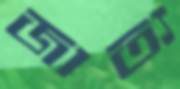
জাত্য